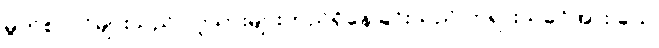
မွတ်စလင်များသည် လူသားများတည်ရှိနေခြင်းသည် ဘုရားသခင်အား ခယ